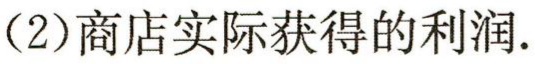
(2)商店实际获得的利润.